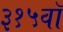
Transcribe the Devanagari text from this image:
३१५वॉ